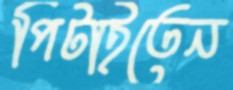
পিটাইতেন